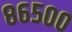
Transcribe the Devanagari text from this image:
८६५००